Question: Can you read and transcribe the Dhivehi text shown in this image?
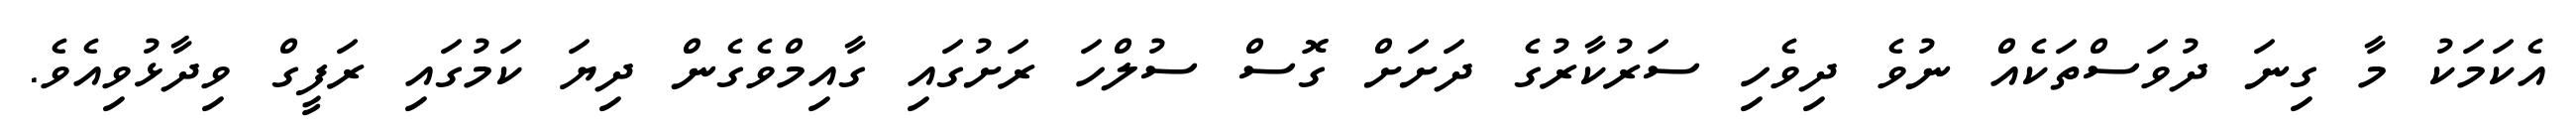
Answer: އެކަމަކު މާ ގިނަ ދުވަސްތަކެއް ނުވެ ދިވެހި ސަރުކާރުގެ ދަށަށް ގޮސް ސުލްހަ ރަށުގައި ގާއިމްވެގެން ދިޔަ ކަމުގައި ރަފީގް ވިދާޅުވިއެވެ.